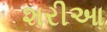
શરીઆ